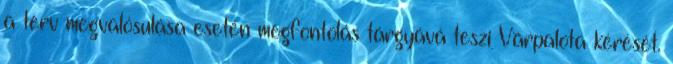
a terv megvalósulása esetén megfontolás tárgyává teszi Várpalota kérését.